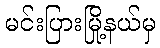
မင်းပြားမြို့နယ်မှ